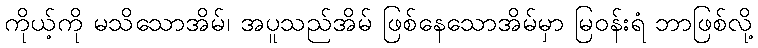
ကိုယ့်ကို မသိသောအိမ်၊ အပူသည်အိမ် ဖြစ်နေသောအိမ်မှာ မြဝန်းရံ ဘာဖြစ်လို့